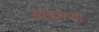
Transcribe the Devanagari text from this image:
व्यव्यस्था